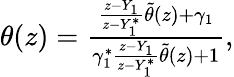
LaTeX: \begin{array}{r}{\theta(z)=\frac{\frac{z-Y_{1}}{z-Y_{1}^{*}}\tilde{\theta}(z)+\gamma_{1}}{\gamma_{1}^{*}\frac{z-Y_{1}}{z-Y_{1}^{*}}\tilde{\theta}(z)+1},}\end{array}